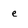
Character: e